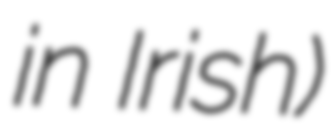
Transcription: in Irish)